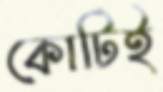
কোটিই